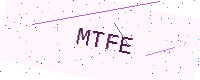
Text: MTFE